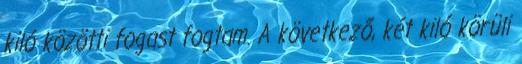
kiló közötti fogast fogtam. A következő, két kiló körüli